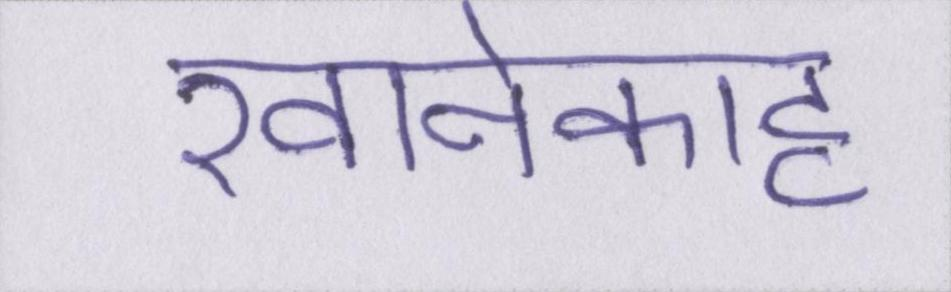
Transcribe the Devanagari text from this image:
खानेकाह